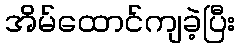
အိမ်ထောင်ကျခဲ့ပြီး